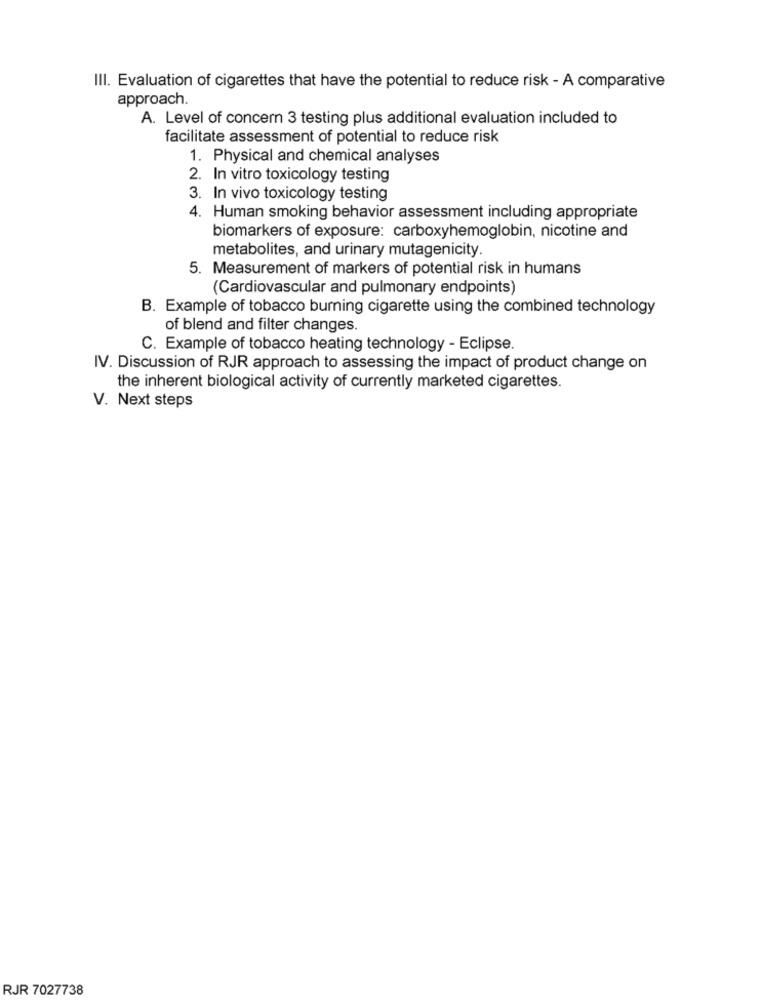
III. Evaluation of cigarettes that have the potential to reduce risk - A comparative
approach.
A. Level of concern 3 testing plus additional evaluation included to
facilitate assessment of potential to reduce risk
1. Physical and chemical analyses
2. In vitro toxicology testing
3. In vivo toxicology testing
4. Human smoking behavior assessment including appropriate
biomarkers of exposure: carboxyhemoglobin, nicotine and
metabolites, and urinary mutagenicity.
5. Measurement of markers of potential risk in humans
(Cardiovascular and pulmonary endpoints)
B. Example of tobacco burning cigarette using the combined technology
of blend and filter changes.
C. Example of tobacco heating technology - Eclipse.
IV. Discussion of RJR approach to assessing the impact of product change on
the inherent biological activity of currently marketed cigarettes.
V. Next steps
RJR 7027738